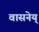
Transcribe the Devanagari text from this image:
वासनेय्